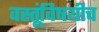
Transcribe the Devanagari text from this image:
वस्तूंविषयीच